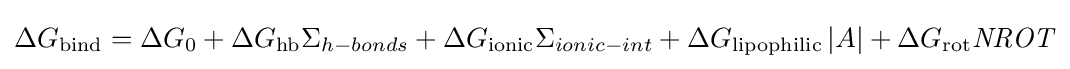
\Delta G_{\text{bind}}=\Delta G_{\text{0}}+\Delta G_{\text{hb}}\Sigma _{h-bonds}+\Delta G_{\text{ionic}}\Sigma _{ionic-int}+\Delta G_{\text{lipophilic}}\left\vert A\right\vert +\Delta G_{\text{rot}}{\mathit {NROT}}